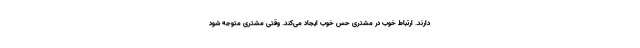
دارند. ارتباط خوب در مشتری حس خوب ایجاد می‌کند. وقتی مشتری متوجه شود